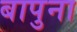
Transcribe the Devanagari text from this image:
बापुना